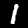
Digit: 1